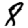
Digit: 8